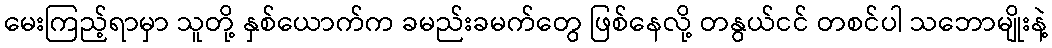
မေးကြည့်ရာမှာ သူတို့ နှစ်ယောက်က ခမည်းခမက်တွေ ဖြစ်နေလို့ တနွယ်ငင် တစင်ပါ သဘောမျိုးနဲ့